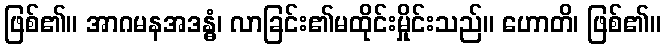
ဖြစ်၏။ အာဂမနအဒန္ဓံ၊ လာခြင်း၏မထိုင်းမှိုင်းသည်။ ဟောတိ၊ ဖြစ်၏။